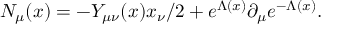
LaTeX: N _ { \mu } ( x ) = - Y _ { \mu \nu } ( x ) x _ { \nu } / 2 + e ^ { \Lambda ( x ) } \partial _ { \mu } e ^ { - \Lambda ( x ) } .